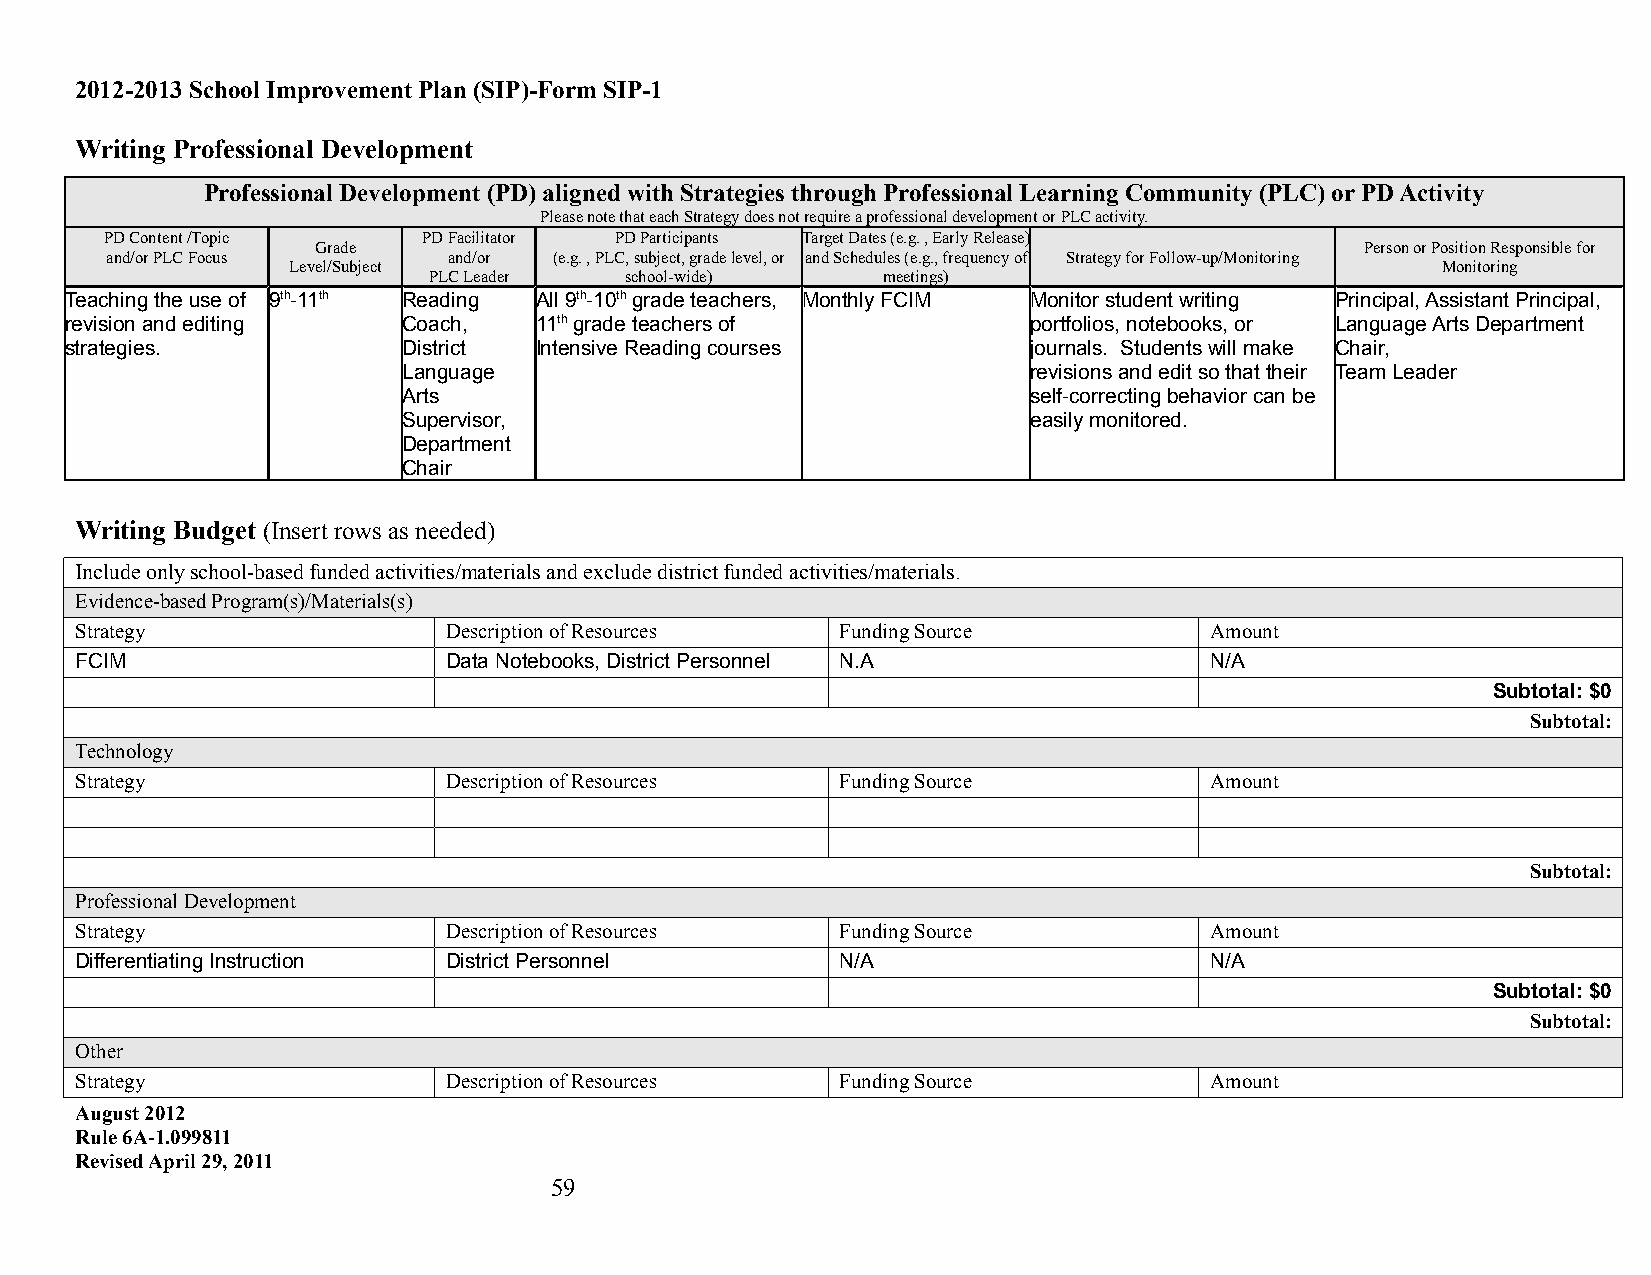
2012-2013 School Improvement Plan (SIP)-Form SIP-1
 Writing Professional Development
 Professional Development (PD) aligned with Strategies through Professional Learning Community (PLC) or PD Activity
 Please note that each Strategy does not require a professional development or PLC activity.
 PD Content /Topic    PD Facilitator PD Participants Target Dates (e.g. , Early Release)
 Grade                                                                Person or Position Responsible for
 and/or PLC Focus       and/or (e.g. , PLC, subject, grade level, or and Schedules (e.g., frequency of Strategy for Follow-up/Monitoring
 Level/Subject                                                               Monitoring
 PLC Leader   school-wide)     meetings)
 Teaching the use of 9th-11th Reading All 9th-10th grade teachers, Monthly FCIM Monitor student writing Principal, Assistant Principal,
 revision and editing   Coach,  11th grade teachers of           portfolios, notebooks, or Language Arts Department
 strategies.            District Intensive Reading courses       journals. Students will make Chair,
 Language                                 revisions and edit so that their Team Leader
 Arts                                     self-correcting behavior can be
 Supervisor,                              easily monitored.
 Department
 Chair
 Writing Budget (Insert rows as needed)
 Include only school-based funded activities/materials and exclude district funded activities/materials.
 Evidence-based Program(s)/Materials(s)
 Strategy                 Description of Resources  Funding Source          Amount
 FCIM                     Data Notebooks, District Personnel N.A            N/A
 Subtotal: $0
 Subtotal:
 Technology
 Strategy                 Description of Resources  Funding Source          Amount
 Subtotal:
 Professional Development
 Strategy                 Description of Resources  Funding Source          Amount
 Differentiating Instruction District Personnel     N/A                     N/A
 Subtotal: $0
 Subtotal:
 Other
 Strategy                 Description of Resources  Funding Source          Amount
 August 2012
 Rule 6A-1.099811
 Revised April 29, 2011
 59